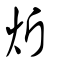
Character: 炘